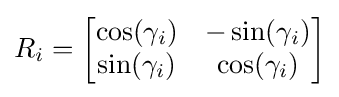
R_{i}={\begin{bmatrix}\cos(\gamma _{i})&-\sin(\gamma _{i})\\\sin(\gamma _{i})&\cos(\gamma _{i})\end{bmatrix}}